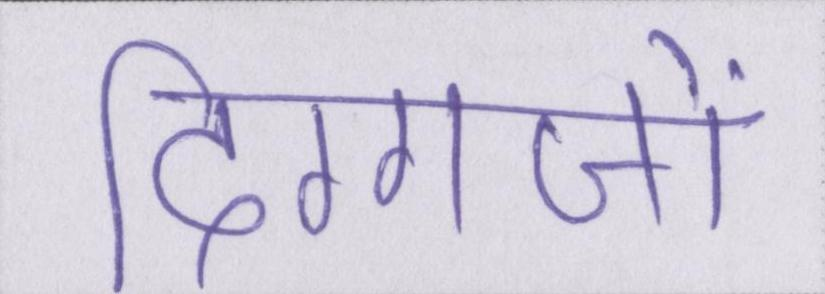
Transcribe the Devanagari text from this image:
दिग्गजों